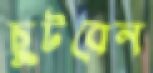
ছুটবেন